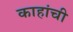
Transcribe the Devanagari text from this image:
काहांची